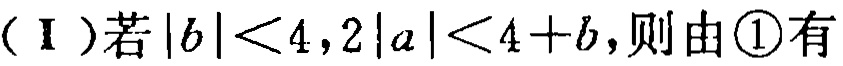
（Ⅰ）若\(|b|<4,2|a|<4 + b\)，则由\textcircled{1}有